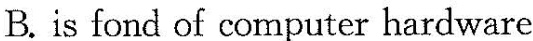
B.is fond of computer hardware